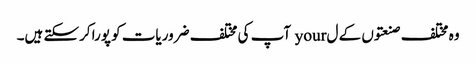
وہ مختلف صنعتوں کے ل your آپ کی مختلف ضروریات کو پورا کرسکتے ہیں۔